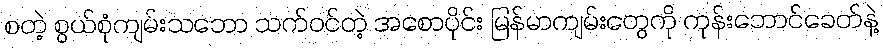
စတဲ့ စွယ်စုံကျမ်းသဘော သက်ဝင်တဲ့ အစောပိုင်း မြန်မာကျမ်းတွေကို ကုန်းဘောင်ခေတ်နဲ့